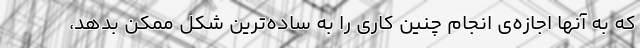
که به آنها اجازه‌ی انجام چنین کاری را به ساده‌ترین شکل ممکن بدهد،